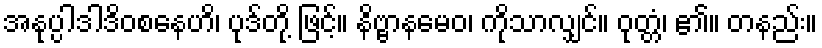
အနုပ္ပါဒါဒိဝစနေဟိ၊ ပုဒ်တို့ ဖြင့်။ နိဗ္ဗာနမေဝ၊ ကိုသာလျှင်။ ဝုတ္တံ၊ ၏။ တနည်း။